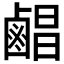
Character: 𪉨